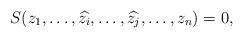
LaTeX: \begin{align*}S(z_1, \dots, \widehat{z_i}, \dots, \widehat{z_j}, \dots, z_n) = 0,\end{align*}